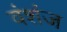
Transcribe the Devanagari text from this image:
वंशंज